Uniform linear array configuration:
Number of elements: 12
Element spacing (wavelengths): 0.5
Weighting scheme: hamming
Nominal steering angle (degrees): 0
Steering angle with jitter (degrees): -0.6285
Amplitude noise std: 0.05
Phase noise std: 0.05

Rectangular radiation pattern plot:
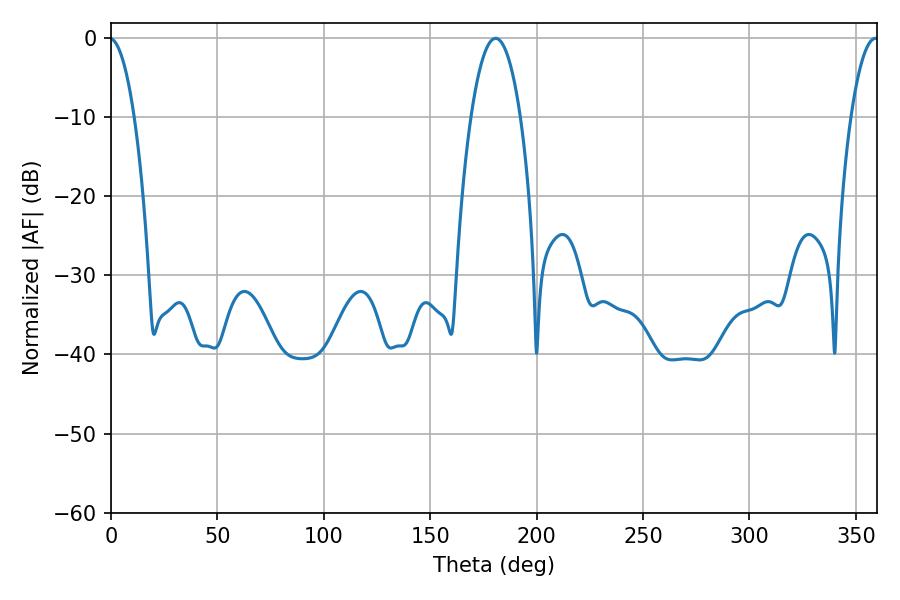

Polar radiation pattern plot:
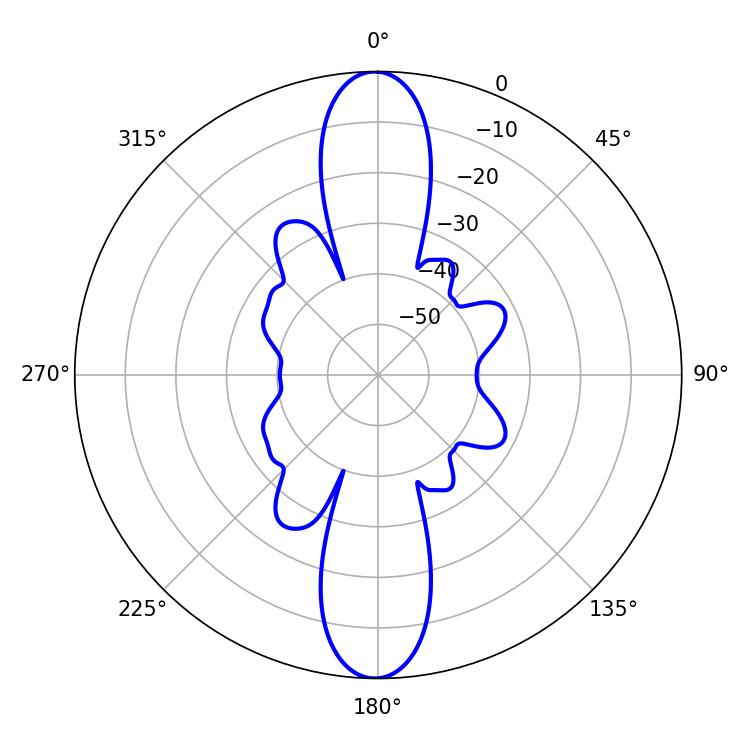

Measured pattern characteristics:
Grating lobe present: FALSE
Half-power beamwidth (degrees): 12.96
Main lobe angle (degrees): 180.72